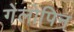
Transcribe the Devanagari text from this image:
गेलोपिन